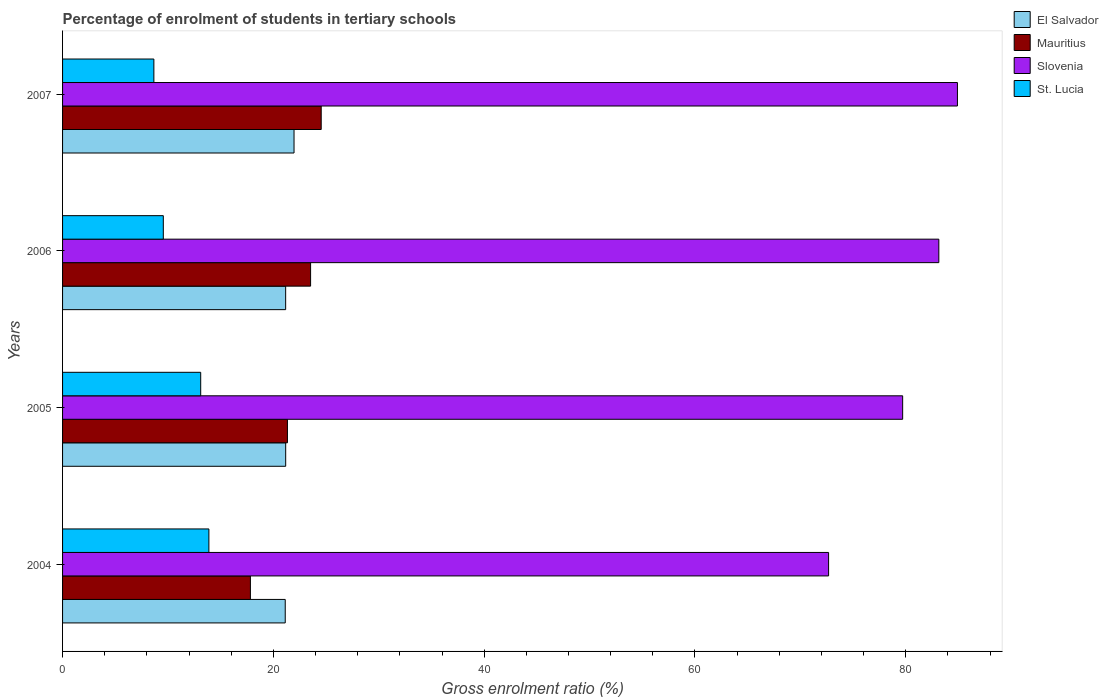
| Years | El Salvador | Mauritius | Slovenia | St. Lucia |
 | --- | --- | --- | --- | --- |
 | 2004 | 21.1 | 17.8 | 72.7 | 13.9 |
 | 2005 | 21.2 | 21.3 | 79.7 | 13.1 |
 | 2006 | 21.2 | 23.5 | 83.1 | 9.56 |
 | 2007 | 22 | 24.5 | 84.9 | 8.66 |